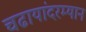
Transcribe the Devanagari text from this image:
चढायांदरम्यान